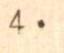
4.